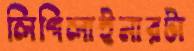
লিপিলাইনারটা